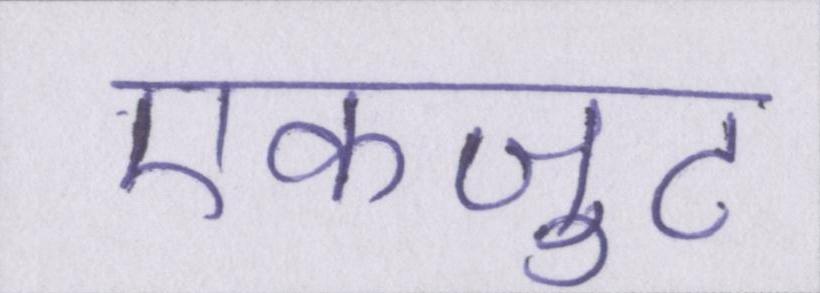
एकजुट